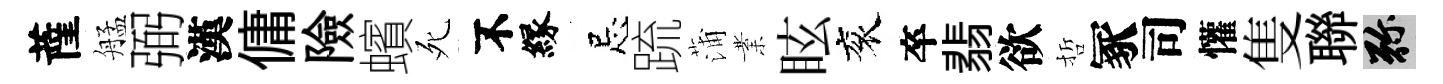
薩艋弼漢傭險蠙死不縁忌䟽蒲業眩衮卒翡欲哲冢司懽隻聯弥